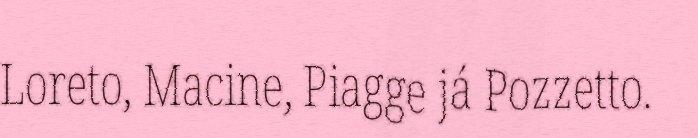
Loreto, Macine, Piagge já Pozzetto.